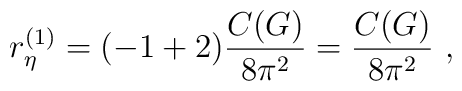
r^ {(1)}_\eta = (-1 + 2)\frac {C(G)}   {8 \pi^2} =\frac {C(G)}   {8 \pi^2} \ ,